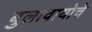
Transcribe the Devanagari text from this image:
बुलावायोचे